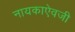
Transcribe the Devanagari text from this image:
नायकाऐवजी